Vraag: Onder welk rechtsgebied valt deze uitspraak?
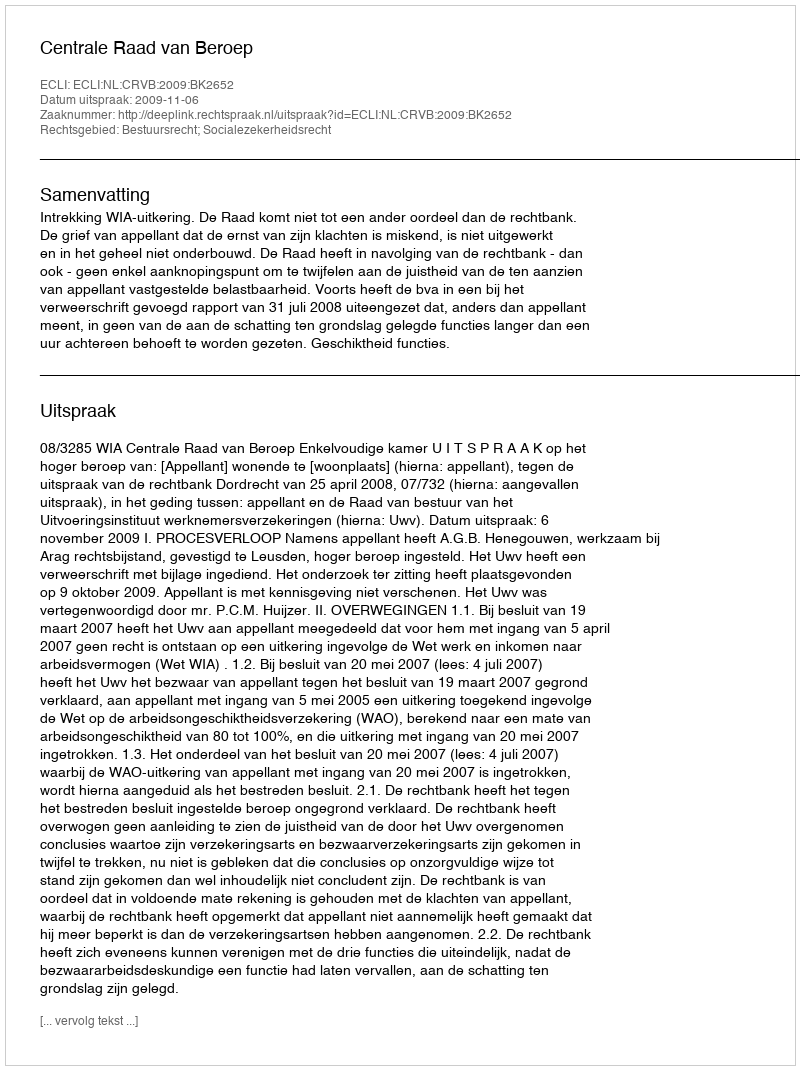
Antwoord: Bestuursrecht; Socialezekerheidsrecht